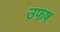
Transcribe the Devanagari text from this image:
उफष